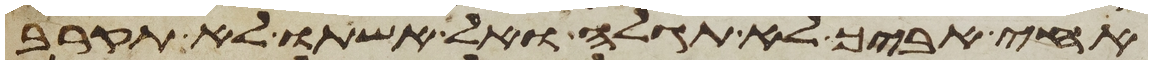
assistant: אחי אביך לא תגלה ואל אשתו לא תקרב